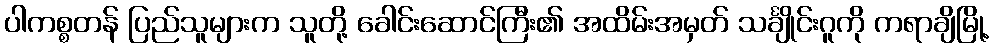
ပါကစ္စတန် ပြည်သူများက သူတို့ ခေါင်းဆောင်ကြီး၏ အထိမ်းအမှတ် သင်္ချိုင်းဂူကို ကရာချိမြို့